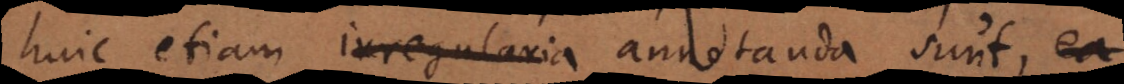
huic etiam irregularia annotanda sunt, ea